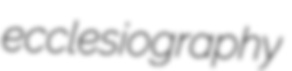
ecclesiography